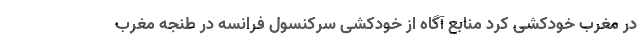
در مغرب خودکشی کرد منابع آگاه از خودکشی سرکنسول فرانسه در طنجه مغرب